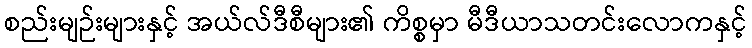
စည်းမျဉ်းများနှင့် အယ်လ်ဒီစီများ၏ ကိစ္စမှာ မီဒီယာသတင်းလောကနှင့်